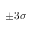
\pm 3 \sigma